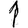
Digit: 1